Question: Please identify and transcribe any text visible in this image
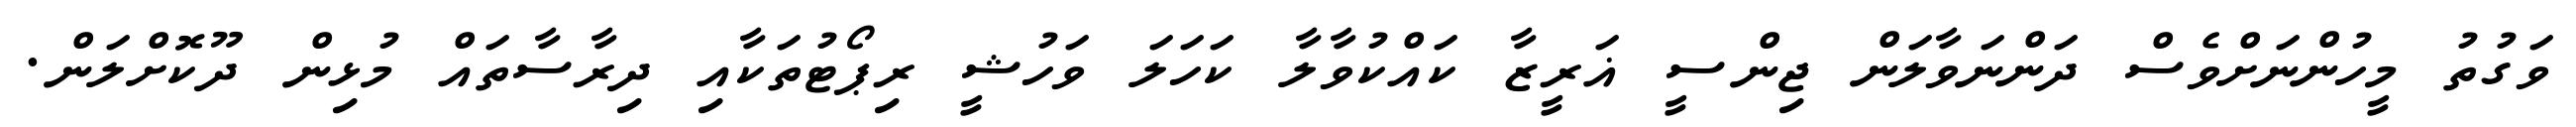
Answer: ވަގުތު މީހުންނަށްވެސް ދަންނަވާލަން ޖިންސީ ޣަރީޒާ ކައްކުވާލާ ކަހަލަ ވަހުޝީ ރިޕޯޓުތަކާއި ދިރާސާތައް މުޅިން ދޫކޮށްލަން.